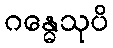
ဂန္ဓေသုပိ